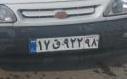
۱۷ق۹۲۲۹۸